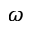
\omega